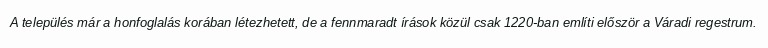
A település már a honfoglalás korában létezhetett, de a fennmaradt írások közül csak 1220-ban említi először a Váradi regestrum.